Indian Medical Review
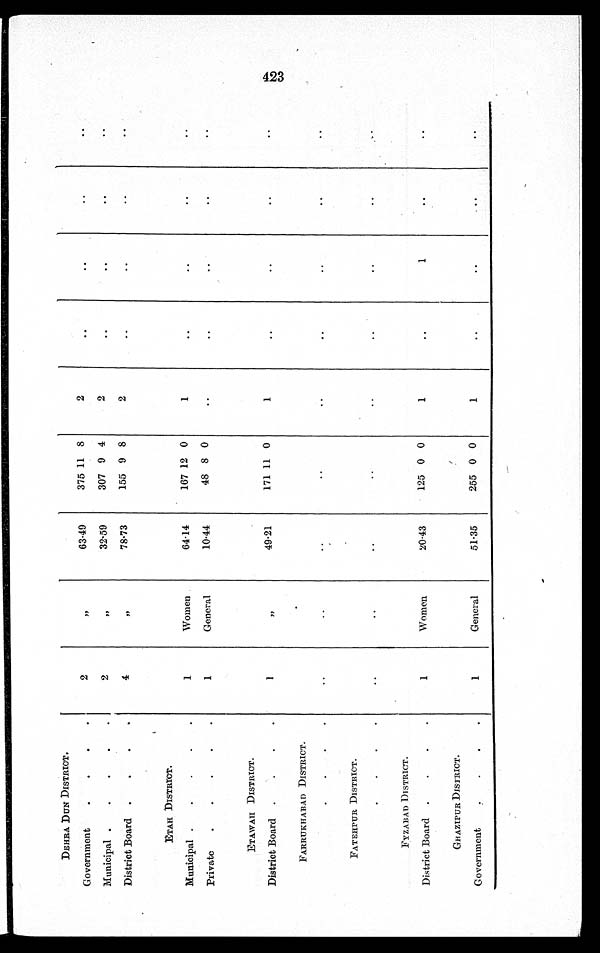
DEHRA DUN DISTRICT.
Government
.
. . .
2
"
63·49
375 11 8
2
. . ..
..
. .
Municipal .
. . . .
2
"
32·59
307 9 4
2
. .
. .
. .
. .
District Board .
. . .
4
"
78·73
155 9 8
2
. .
. .
. .
. .
ETAH DISTRICT.
Municipal .
.
.
.
.
1
Women
64·14
167 12 0
1
. .
. .
. .
. .
Private
.
.
.
.
.
1
General
10·44
48 8 0
..
. .
. .
. .
. .
ETAWAH DISTRACT.
District Board .
.
.
.
1
"
49·21
171 11 0
1
. .
. .
. .
..
FARRUKHABAD DISTRICT.
. . . .
. .
. .
. .
. .
. .
. .
. .
. .
. .
FATEHPUR DISTRICT.
. . . .
. .
. .
. .
. .
. .
. .
. .
. .
. .
FYZABAD DISTRICT.
District Board .
.
.
.
1
Women
20·43
125 0 0
1
. .
1
..
. .
GHAZIPUR DISTRICT.
Government
. . . .
1
General
51·35
255 0 0
1
. .
. .
..
. .